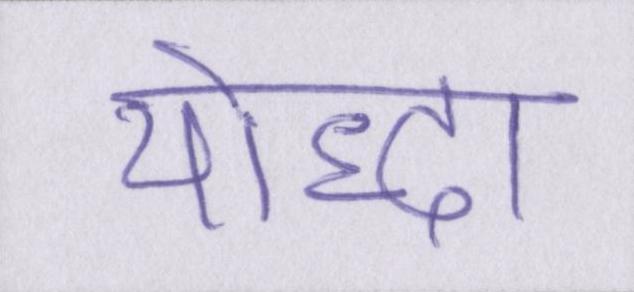
योद्धा